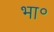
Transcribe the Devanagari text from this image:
भा॰